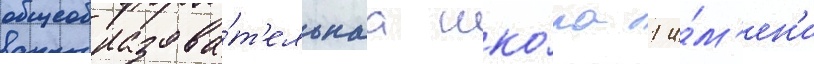
общеобразова́т'ельнаа шко́ла 1 и́м'ен'и